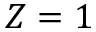
Z = 1